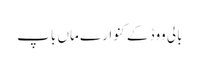
بالی ووڈ کے کنوارے ماں باپ